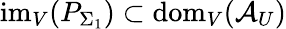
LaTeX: \mathrm{im}_{V}(P_{\Sigma_{1}})\subset\mathrm{dom}_{V}(\mathcal{A}_{U})